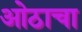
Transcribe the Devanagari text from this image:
ओठाचा